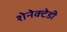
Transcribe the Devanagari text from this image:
शेनेक्टेडी